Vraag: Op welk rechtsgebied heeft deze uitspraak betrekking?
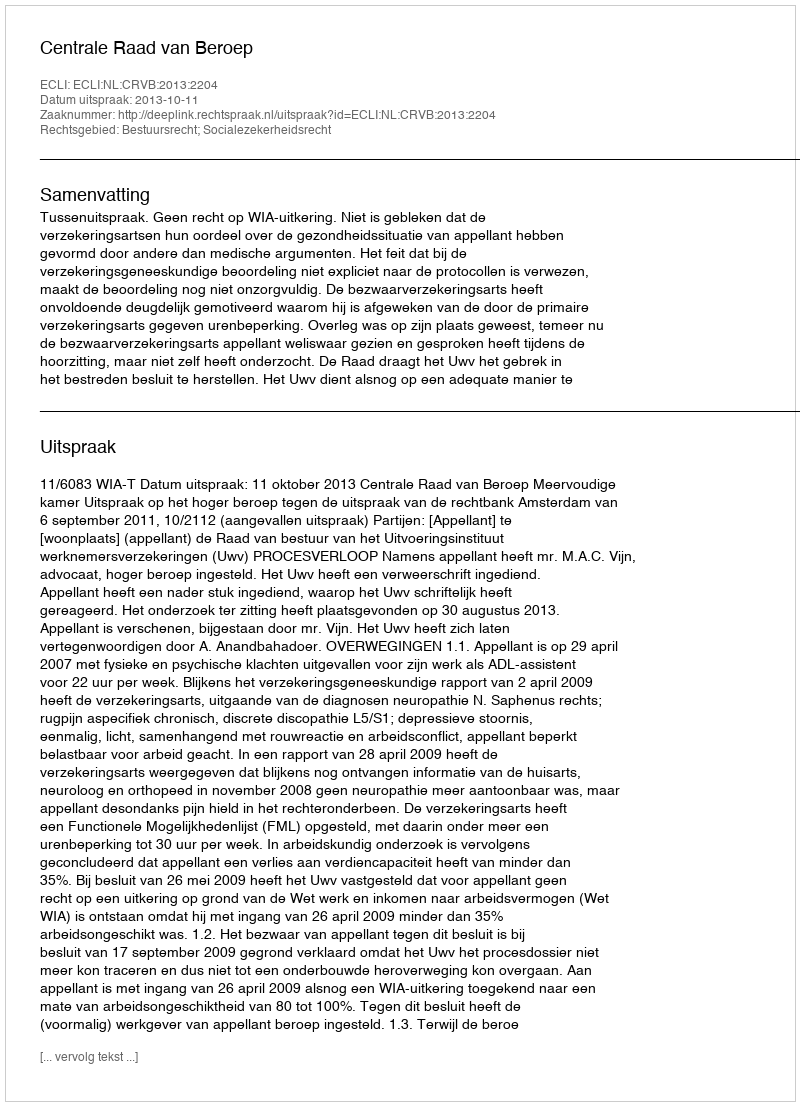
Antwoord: Bestuursrecht; Socialezekerheidsrecht